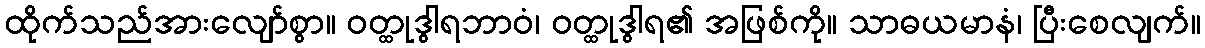
ထိုက်သည်အားလျော်စွာ။ ဝတ္ထုဒွါရဘာဝံ၊ ဝတ္ထုဒွါရ၏ အဖြစ်ကို။ သာဓယမာနံ၊ ပြီးစေလျက်။